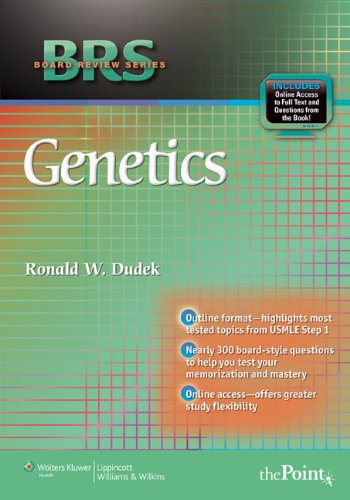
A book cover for BRS Genetics (Board Review Series); Dr. Ronald W. Dudek PhD; Medical Books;